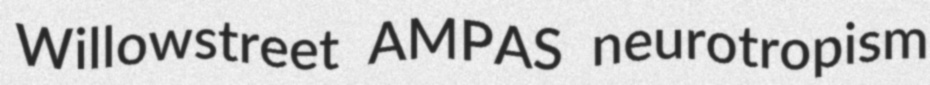
Willowstreet AMPAS neurotropism